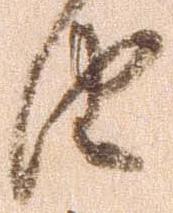
由